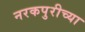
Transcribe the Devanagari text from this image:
नरकपुरीच्या